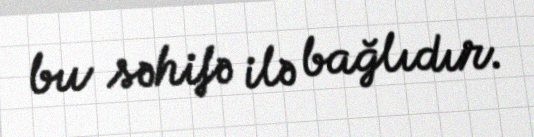
bu səhifə ilə bağlıdır.